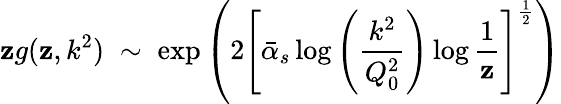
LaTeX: \mathbf{z}g(\mathbf{z},k^{2})\; \sim\; \exp\left(2\left[\bar{{\alpha}}_{s}\log\left(\frac{{k^{2}}}{{Q_{0}^{2}}}\right)\log\frac{{1}}{{\mathbf{z}}}\right]^{\frac{{1}}{{2}}}\right)